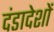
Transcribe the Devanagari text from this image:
दंडादेशों